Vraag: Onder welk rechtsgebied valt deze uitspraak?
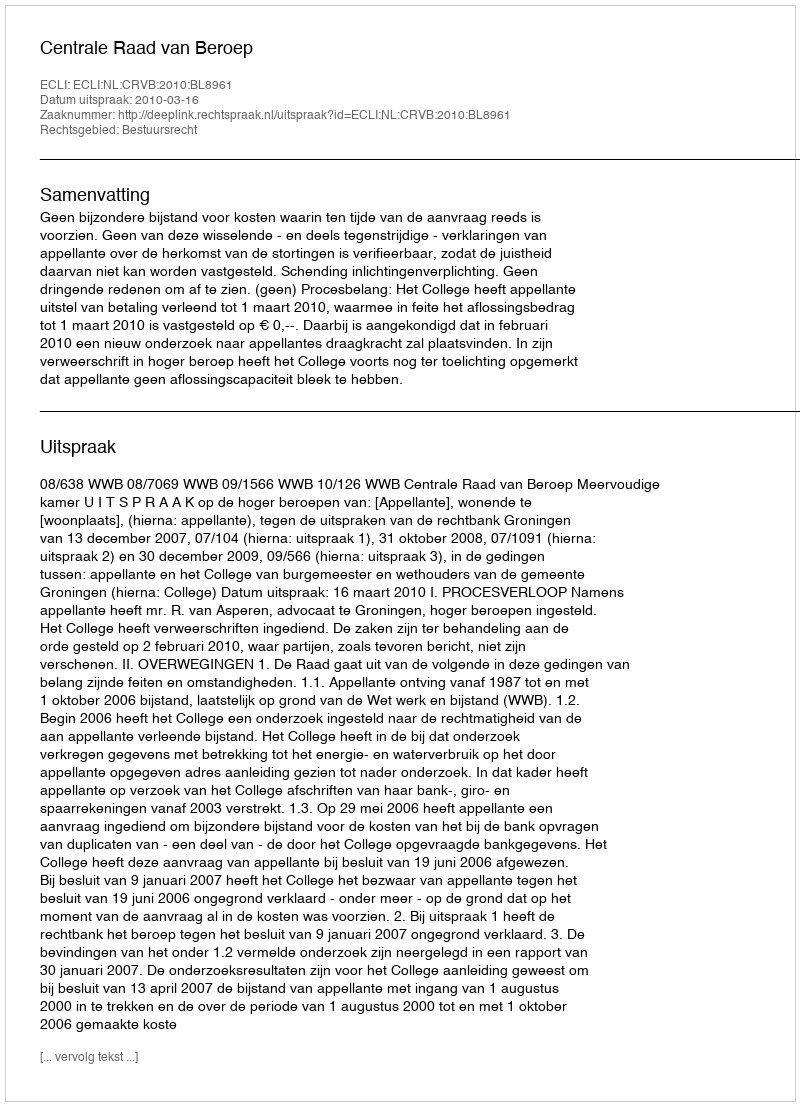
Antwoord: Bestuursrecht